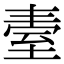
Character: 𦤿